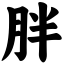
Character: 胖